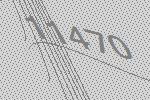
11470